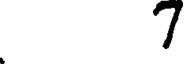
7